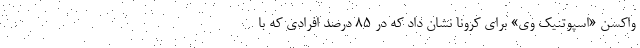
واکسن «اسپوتنیک وی» برای کرونا نشان داد که در ۸۵ درصد افرادی که با